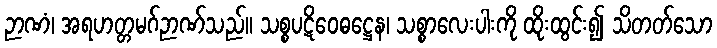
ဉာဏံ၊ အရဟတ္တမဂ်ဉာဏ်သည်။ သစ္စပဋိဝေဓဋ္ဌေန၊ သစ္စာလေးပါးကို ထိုးထွင်း၍ သိတတ်သော